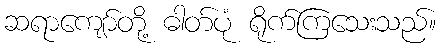
ဆရာကျော်တို့ ဓါတ်ပုံ ရိုက်ကြသေးသည်။